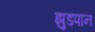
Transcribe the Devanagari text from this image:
झुडपान